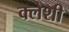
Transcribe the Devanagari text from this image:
क्लेशी